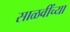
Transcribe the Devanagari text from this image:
साळवींच्या